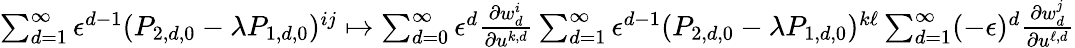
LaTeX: \begin{array}{r}{\sum_{d=1}^{\infty}\epsilon^{d-1}(P_{2,d,0}-\lambda P_{1,d,0})^{ij}\mapsto\sum_{d=0}^{\infty}\epsilon^{d}\frac{{\partial}w_{d}^{i}}{{\partial}u^{k,d}}\sum_{d=1}^{\infty}\epsilon^{d-1}(P_{2,d,0}-\lambda P_{1,d,0})^{k\ell}\sum_{d=1}^{\infty}(-\epsilon)^{d}\frac{{\partial}w_{d}^{j}}{{\partial}u^{\ell,d}}}\end{array}